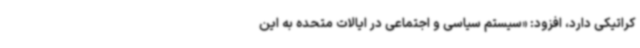
کراتیکی دارد، افزود: «سیستم سیاسی و اجتماعی در ایالات متحده به این